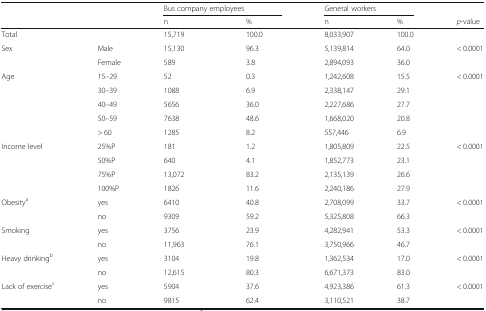
<table><thead><tr><td rowspan="2" colspan="2"></td><td colspan="2"><b>Bus company employees</b></td><td colspan="2"><b>General workers</b></td><td></td></tr><tr><td><b>n</b></td><td><b>%</b></td><td><b>n</b></td><td><b>%</b></td><td><b><i>p</i>-value</b></td></tr></thead><tbody><tr><td>Total</td><td></td><td>15,719</td><td>100.0</td><td>8,033,907</td><td>100.0</td><td></td></tr><tr><td rowspan="2">Sex</td><td>Male</td><td>15,130</td><td>96.3</td><td>5,139,814</td><td>64.0</td><td>&lt; 0.0001</td></tr><tr><td>Female</td><td>589</td><td>3.8</td><td>2,894,093</td><td>36.0</td><td></td></tr><tr><td rowspan="5">Age</td><td>15–29</td><td>52</td><td>0.3</td><td>1,242,608</td><td>15.5</td><td>&lt; 0.0001</td></tr><tr><td>30–39</td><td>1088</td><td>6.9</td><td>2,338,147</td><td>29.1</td><td></td></tr><tr><td>40–49</td><td>5656</td><td>36.0</td><td>2,227,686</td><td>27.7</td><td></td></tr><tr><td>50–59</td><td>7638</td><td>48.6</td><td>1,668,020</td><td>20.8</td><td></td></tr><tr><td>&gt; 60</td><td>1285</td><td>8.2</td><td>557,446</td><td>6.9</td><td></td></tr><tr><td rowspan="4">Income level</td><td>25%P</td><td>181</td><td>1.2</td><td>1,805,809</td><td>22.5</td><td>&lt; 0.0001</td></tr><tr><td>50%P</td><td>640</td><td>4.1</td><td>1,852,773</td><td>23.1</td><td></td></tr><tr><td>75%P</td><td>13,072</td><td>83.2</td><td>2,135,139</td><td>26.6</td><td></td></tr><tr><td>100%P</td><td>1826</td><td>11.6</td><td>2,240,186</td><td>27.9</td><td></td></tr><tr><td rowspan="2">Obesity<sup>a</sup></td><td>yes</td><td>6410</td><td>40.8</td><td>2,708,099</td><td>33.7</td><td>&lt; 0.0001</td></tr><tr><td>no</td><td>9309</td><td>59.2</td><td>5,325,808</td><td>66.3</td><td></td></tr><tr><td rowspan="2">Smoking</td><td>yes</td><td>3756</td><td>23.9</td><td>4,282,941</td><td>53.3</td><td>&lt; 0.0001</td></tr><tr><td>no</td><td>11,963</td><td>76.1</td><td>3,750,966</td><td>46.7</td><td></td></tr><tr><td rowspan="2">Heavy drinking<sup>b</sup></td><td>yes</td><td>3104</td><td>19.8</td><td>1,362,534</td><td>17.0</td><td>&lt; 0.0001</td></tr><tr><td>no</td><td>12,615</td><td>80.3</td><td>6,671,373</td><td>83.0</td><td></td></tr><tr><td rowspan="2">Lack of exercise<sup>c</sup></td><td>yes</td><td>5904</td><td>37.6</td><td>4,923,386</td><td>61.3</td><td>&lt; 0.0001</td></tr><tr><td>no</td><td>9815</td><td>62.4</td><td>3,110,521</td><td>38.7</td><td></td></tr></tbody></table>